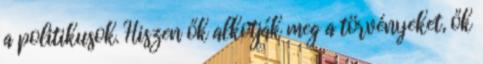
a politikusok. Hiszen ők alkotják meg a törvényeket, ők